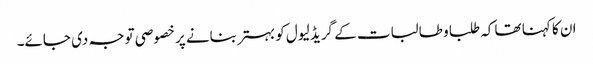
ان کا کہنا تھا کہ طلبا و طالبات کے گریڈ لیول کو بہتر بنانے پر خصوصی توجہ دی جائے۔